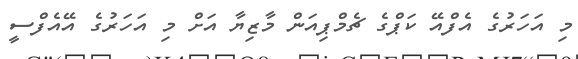
މި އަހަރުގެ އެފްއޭ ކަޕްގެ ޗެމްޕިއަން މާޒިޔާ އަށް މި އަހަރުގެ އޭއެފްސީ